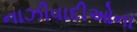
નાઝીવાદીઓના